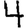
Digit: 4